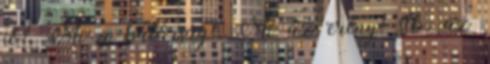
jó?, Mi a bátorság?, Mi az erény? stb. az